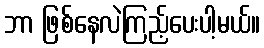
ဘာ ဖြစ်နေလဲကြည့်ပေးပါ့မယ်။